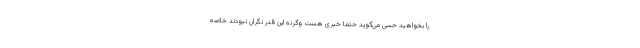
را بخواهید حسی می‌گوید حتما خبری هست وگرنه این قدر نگران نبودند خاصه